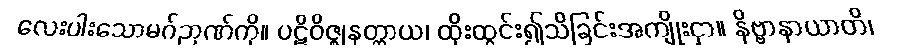
လေးပါးသောမဂ်ဉာဏ်ကို။ ပဋိဝိဇ္ဈနတ္ထာယ၊ ထိုးထွင်း၍သိခြင်းအကျိုးငှာ။ နိဗ္ဗာနာယာတိ၊